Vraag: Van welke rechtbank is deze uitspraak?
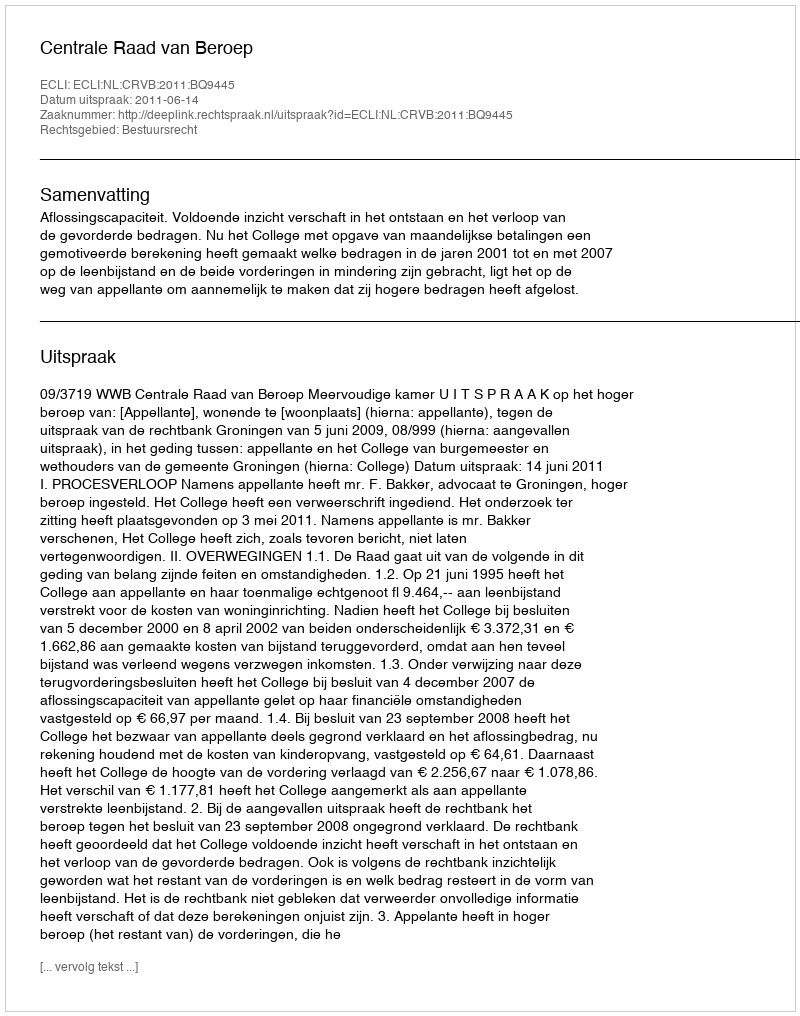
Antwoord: Centrale Raad van Beroep